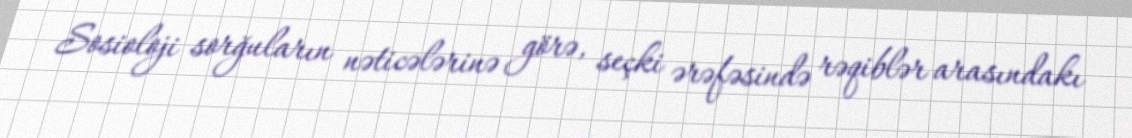
Sosioloji sorğuların nəticələrinə görə, seçki ərəfəsində rəqiblər arasındakı